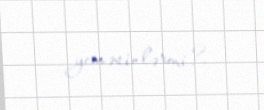
yeməsinlərmi?.